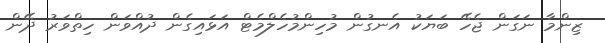
ޒިންމާ ނަގަން ޖެހޭ ބަޔަކު އެނގުން މުހިންމުހެލްމެޓް އަޅައިގެން ދުއްވަން ހިތްވަރު ދޭން